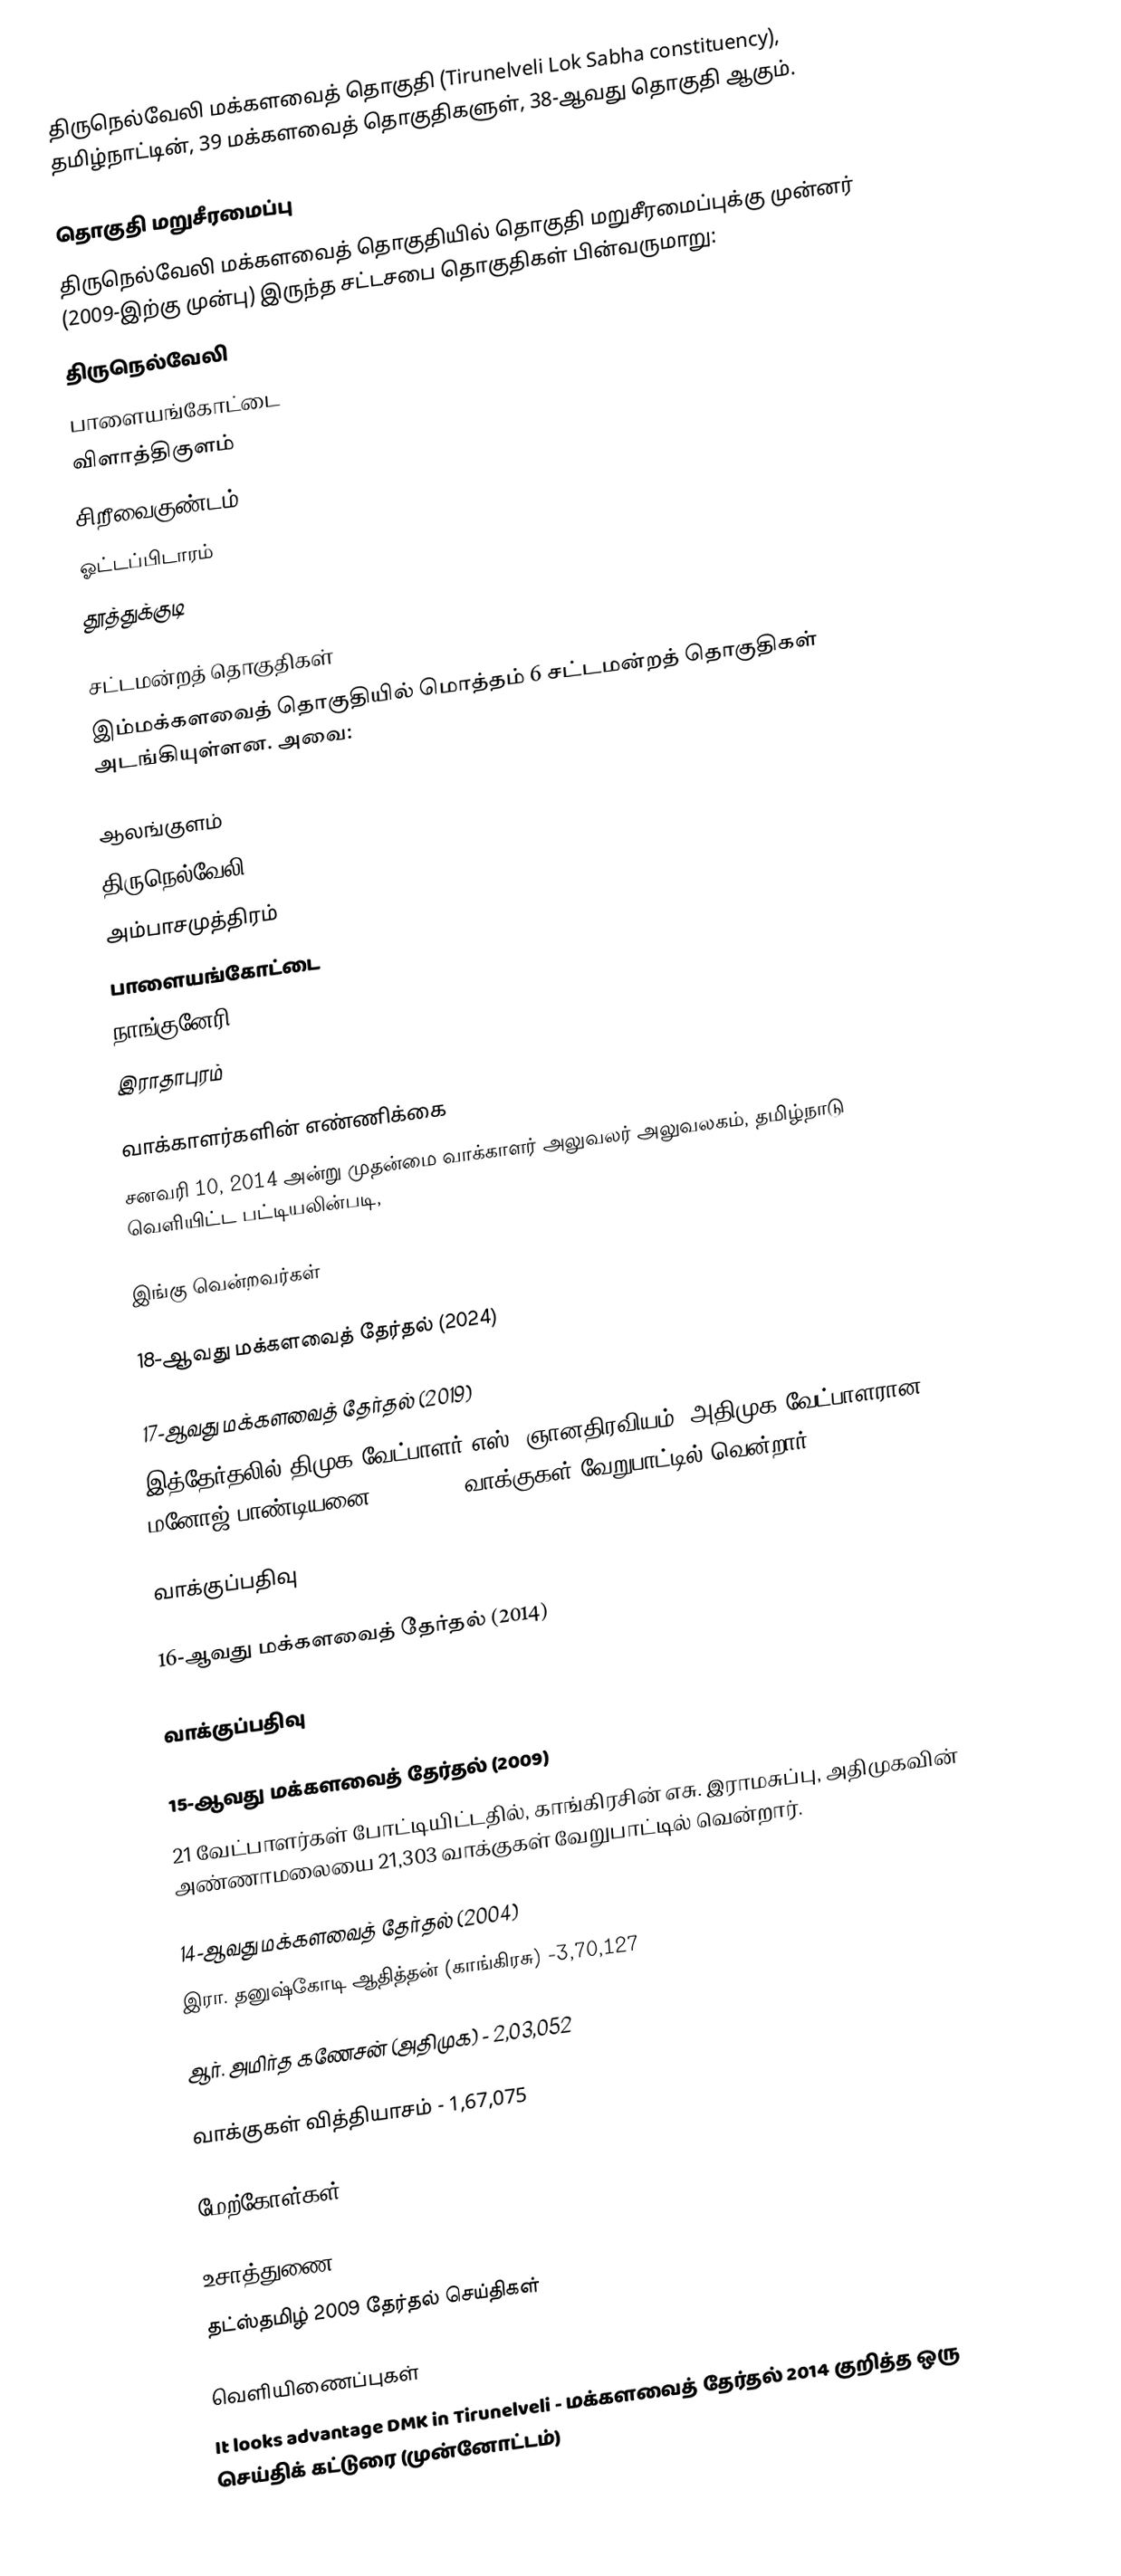
திருநெல்வேலி மக்களவைத் தொகுதி (Tirunelveli Lok Sabha constituency), தமிழ்நாட்டின், 39 மக்களவைத் தொகுதிகளுள், 38-ஆவது தொகுதி ஆகும்.

தொகுதி மறுசீரமைப்பு
திருநெல்வேலி மக்களவைத் தொகுதியில் தொகுதி மறுசீரமைப்புக்கு முன்னர் (2009-இற்கு முன்பு) இருந்த சட்டசபை தொகுதிகள் பின்வருமாறு:
 திருநெல்வேலி
 பாளையங்கோட்டை
 விளாத்திகுளம்
 சிறீவைகுண்டம்
 ஓட்டப்பிடாரம்
 தூத்துக்குடி

சட்டமன்றத் தொகுதிகள்
இம்மக்களவைத் தொகுதியில் மொத்தம் 6 சட்டமன்றத் தொகுதிகள் அடங்கியுள்ளன. அவை:

 ஆலங்குளம்
 திருநெல்வேலி
 அம்பாசமுத்திரம்
 பாளையங்கோட்டை
 நாங்குனேரி
 இராதாபுரம்

வாக்காளர்களின் எண்ணிக்கை
சனவரி 10, 2014 அன்று முதன்மை வாக்காளர் அலுவலர் அலுவலகம், தமிழ்நாடு வெளியிட்ட பட்டியலின்படி,

இங்கு வென்றவர்கள்

18-ஆவது மக்களவைத் தேர்தல் (2024)

17-ஆவது மக்களவைத் தேர்தல் (2019)
இத்தேர்தலில் திமுக வேட்பாளர் எஸ். ஞானதிரவியம், அதிமுக வேட்பாளரான, மனோஜ் பாண்டியனை, 1,85,457 வாக்குகள் வேறுபாட்டில் வென்றார்.

வாக்குப்பதிவு

16-ஆவது மக்களவைத் தேர்தல் (2014)

வாக்குப்பதிவு

15-ஆவது மக்களவைத் தேர்தல் (2009)
21 வேட்பாளர்கள் போட்டியிட்டதில், காங்கிரசின் எசு. இராமசுப்பு, அதிமுகவின் அண்ணாமலையை 21,303 வாக்குகள் வேறுபாட்டில் வென்றார்.

14-ஆவது மக்களவைத் தேர்தல் (2004)
இரா. தனுஷ்கோடி ஆதித்தன் (காங்கிரசு) -3,70,127

ஆர். அமிர்த கணேசன் (அதிமுக) - 2,03,052

வாக்குகள் வித்தியாசம் - 1,67,075

மேற்கோள்கள்

உசாத்துணை
 தட்ஸ்தமிழ் 2009 தேர்தல் செய்திகள்

வெளியிணைப்புகள்
 It looks advantage DMK in Tirunelveli - மக்களவைத் தேர்தல் 2014 குறித்த ஒரு செய்திக் கட்டுரை (முன்னோட்டம்)